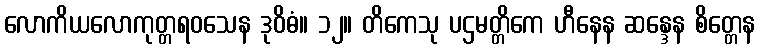
လောကိယလောကုတ္တရဝသေန ဒုဝိဓံ။ ၁၂။ တိကေသု ပဌမတ္တိကေ ဟီနေန ဆန္ဒေန စိတ္တေန